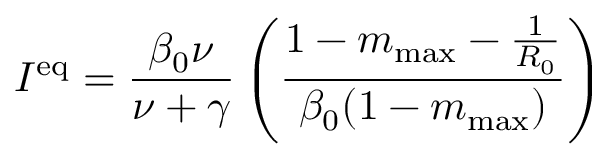
I ^ { \mathrm { e q } } = \frac { \beta _ { 0 } \nu } { \nu + \gamma } \left( \frac { 1 - m _ { \mathrm { m a x } } - \frac { 1 } { R _ { 0 } } } { \beta _ { 0 } ( 1 - m _ { \mathrm { m a x } } ) } \right)